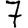
Digit: 7